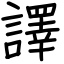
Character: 譯